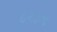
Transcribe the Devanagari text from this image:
८२३९